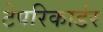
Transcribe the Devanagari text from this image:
टेपरिकार्डर